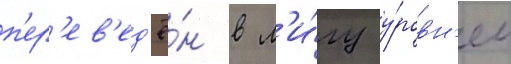
п'ер'ев'ед'ё́н в л'и́гу у́ровн'ем